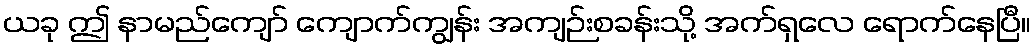
ယခု ဤ နာမည်ကျော် ကျောက်ကျွန်း အကျဉ်းစခန်းသို့ အက်ရှလေ ရောက်နေပြီ။